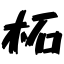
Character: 柘